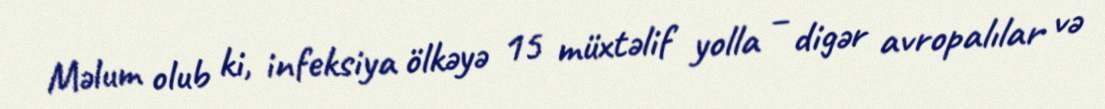
Məlum olub ki, infeksiya ölkəyə 15 müxtəlif yolla – digər avropalılar və